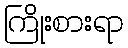
ကြိုးစားရာ